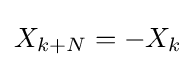
X_{k+N}=-X_{k}